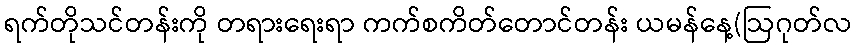
ရက်တိုသင်တန်းကို တရားရေးရာ ကက်စကိတ်တောင်တန်း ယမန်နေ့(ဩဂုတ်လ